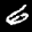
Label: 6